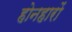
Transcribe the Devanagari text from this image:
होनहारों